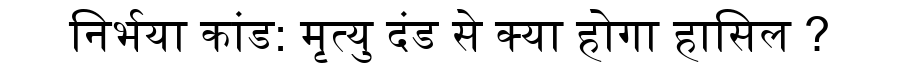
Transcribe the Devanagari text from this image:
निर्भया कांड: मृत्यु दंड से क्या होगा हासिल ?